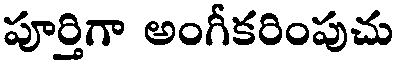
పూర్తిగా అంగీకరింపుచు